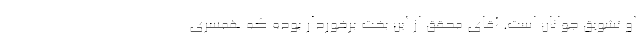
او تشویق جوانان است. آقای محقق از این بخت برخوردار بوده که همسری